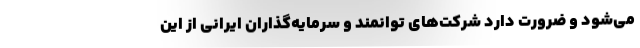
می‌شود و ضرورت دارد شرکت‌های توانمند و سرمایه‌گذاران ایرانی از این